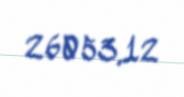
26053,12